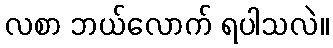
လစာ ဘယ်လောက် ရပါသလဲ။